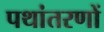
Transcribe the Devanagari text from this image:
पथांतरणों